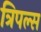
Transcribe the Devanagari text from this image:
त्रिपल्स